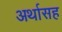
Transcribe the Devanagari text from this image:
अर्थासह